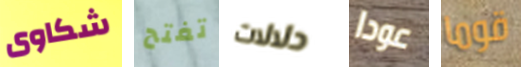
شكاوى تفتح دلالات عودا قوما